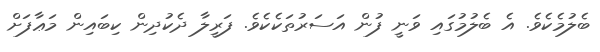
ބެލުމެކެވެ. އެ ބެލުމުގައި ވަނީ ފުން އަސަރުތަކެކެވެ. ފަރީލާ ދެކުދިން ކިބައިން މަޢާފަށް